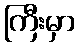
ကြီးမှာ